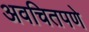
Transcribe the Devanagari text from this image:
अवचितपणे